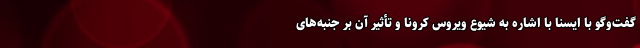
گفت‌وگو با ایسنا با اشاره به شیوع ویروس کرونا و تأثیر آن بر جنبه‌های